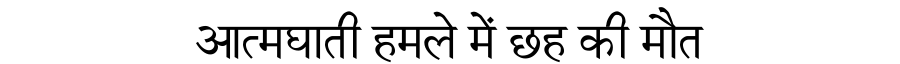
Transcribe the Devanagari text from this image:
आत्मघाती हमले में छह की मौत